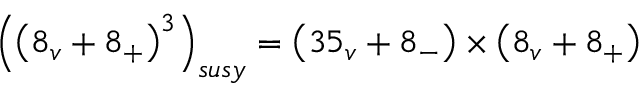
\left( \left( 8 _ { v } + 8 _ { + } \right) ^ { 3 } \right) _ { s u s y } = \left( 3 5 _ { v } + 8 _ { - } \right) \times \left( 8 _ { v } + 8 _ { + } \right)